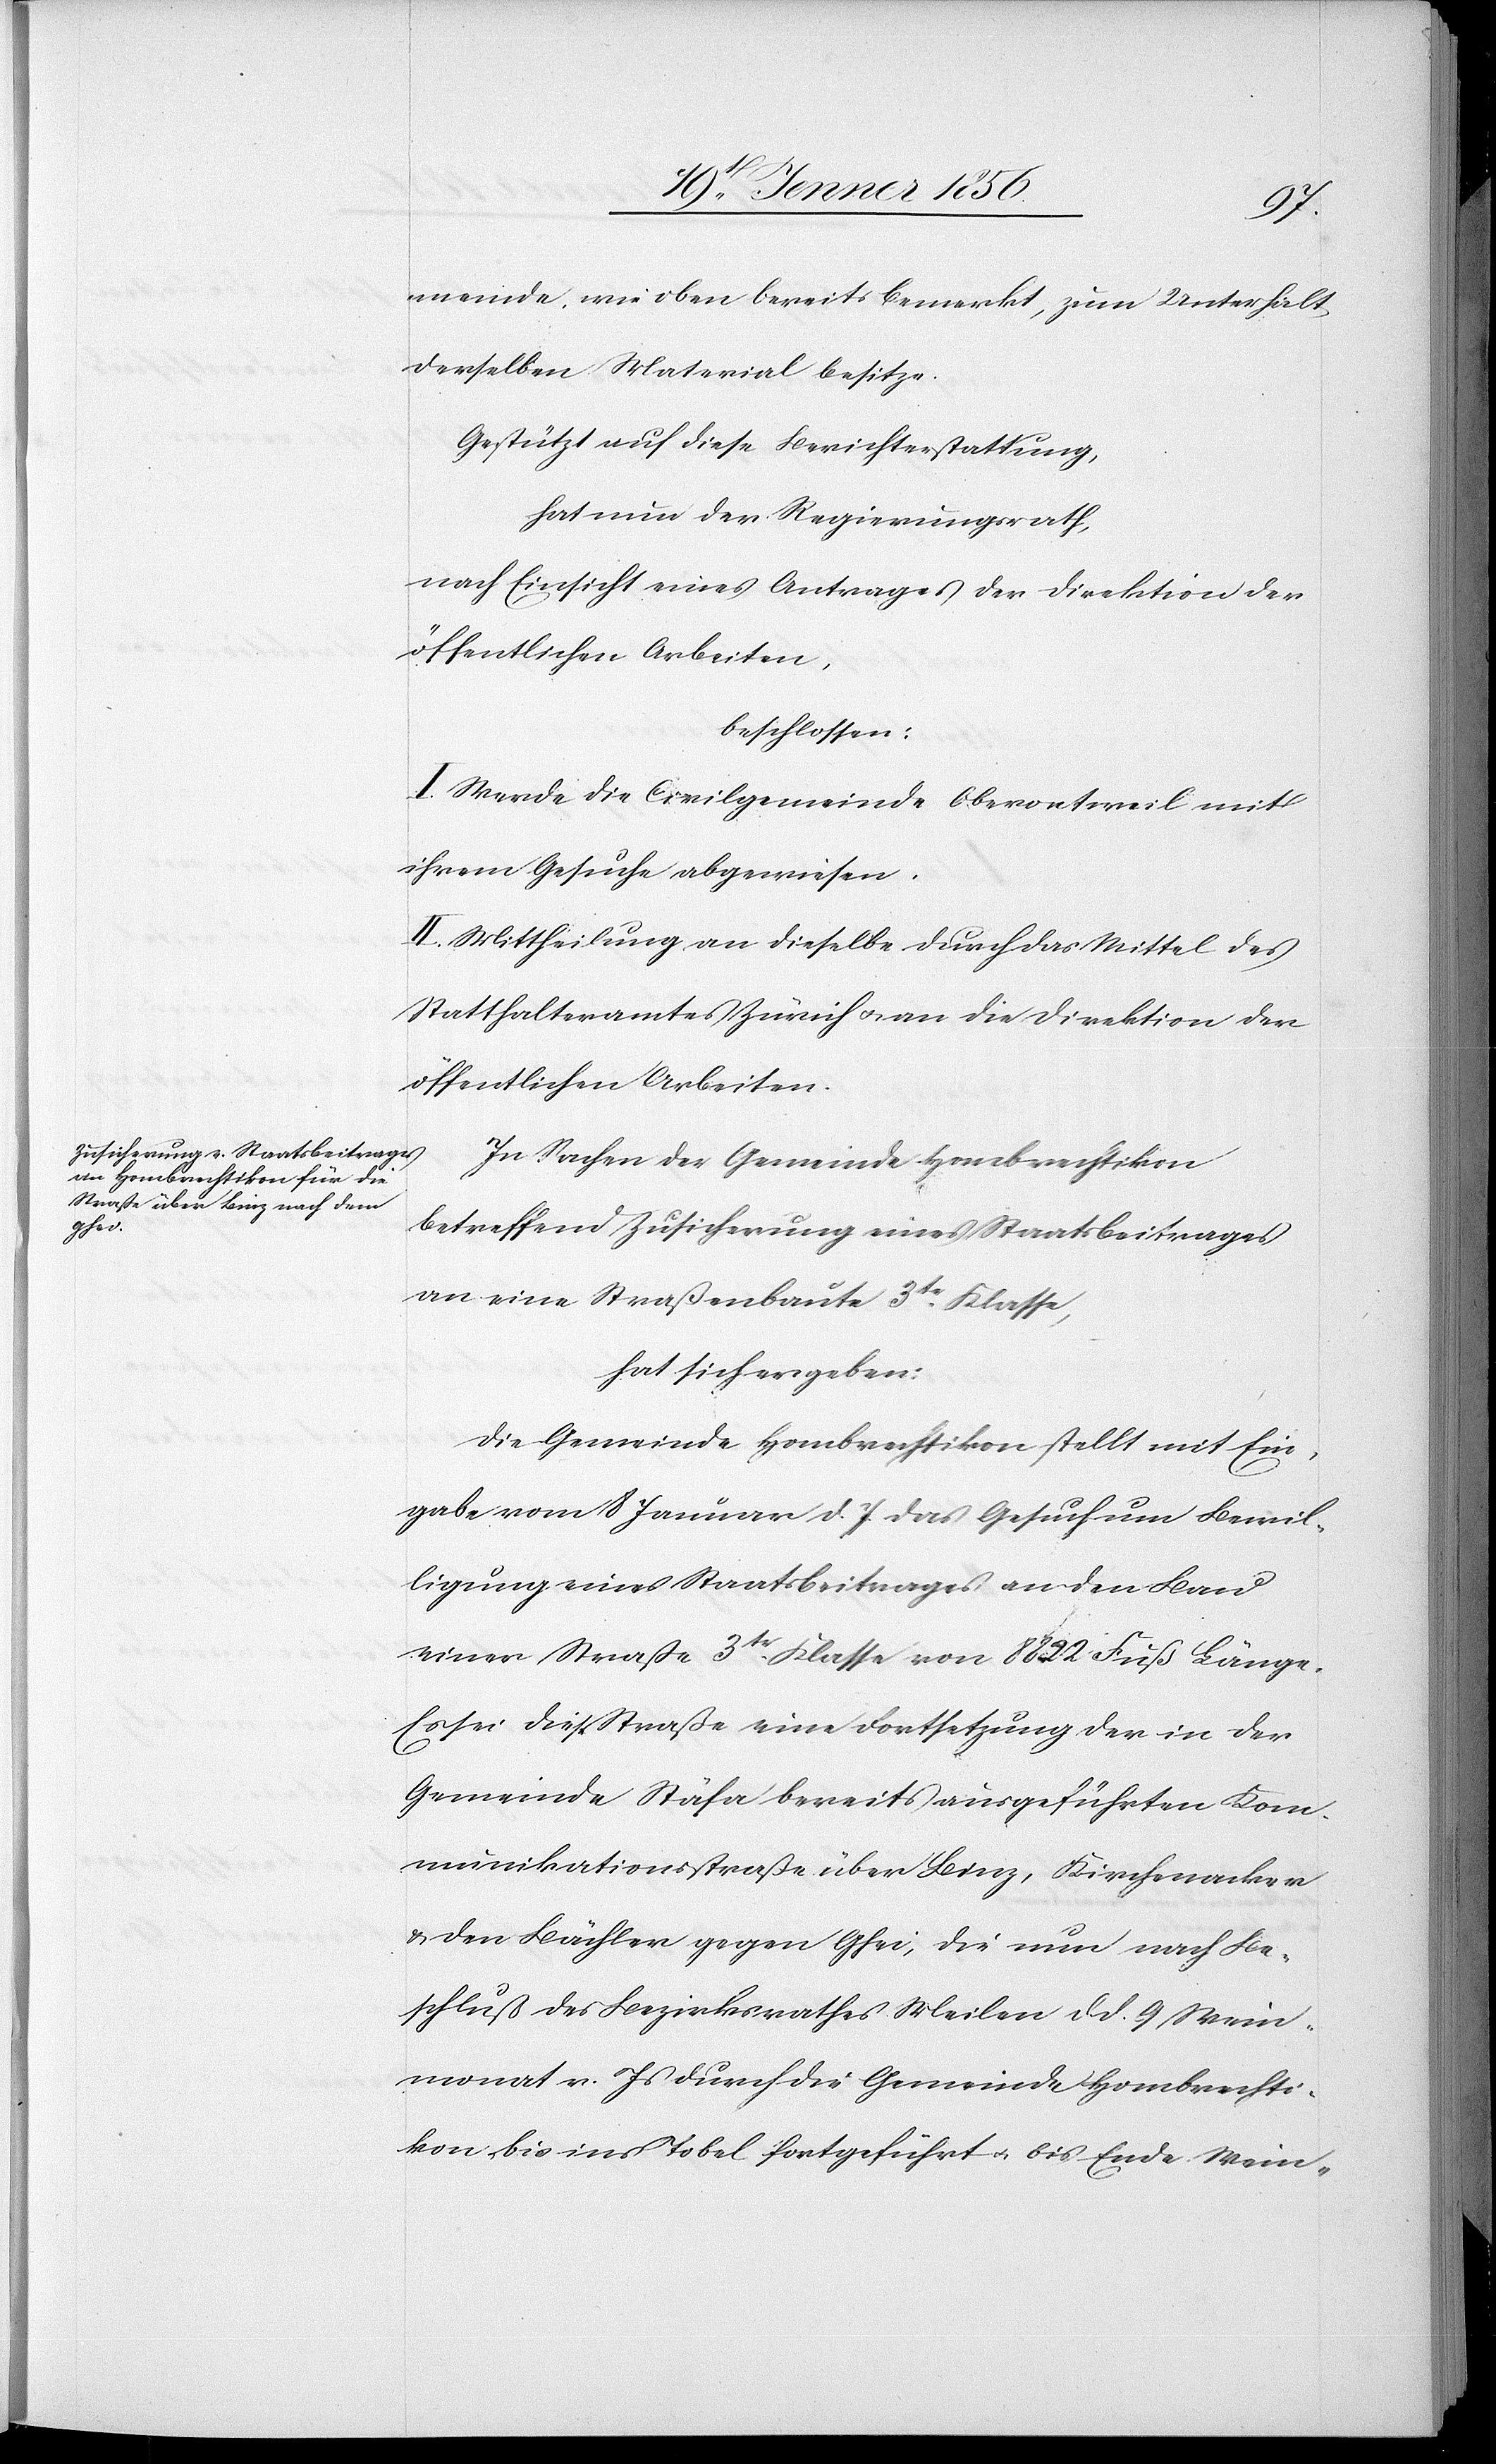
meinde, wie eben bereits bemerkt, zum Unterhalt
derselben Material besitze.
Gestützt auf diese Berichterstattung,
hat nun der Regierungsrath,
nach Einsicht eines Antrages der Direktion der
öffentlichen Arbeiten,
beschlossen:
I. Werde die Civilgemeinde Oberoetweil mit
ihrem Gesuche abgewiesen.
II. Mittheilung an dieselbe durch das Mittel des
Statthalteramtes Zürich u. an die Direktion der
öffentlichen Arbeiten.
In Sachen der Gemeinde Hombrechtikon
betreffend Zusicherung eines Staatsbeitrages
an eine Straßenbaute 3tr. Klasse,
hat sich ergeben:
Die Gemeinde Hombrechtikon stellt mit Ein¬
gabe vom 18 Januar d. J. das Gesuch um Bewil¬
ligung eines Staatsbeitrages an den Bau
einer Straße 3tr. Klasse von 8822 Fuß Länge.
Es sei diese Straße eine Fortsetzung der in der
Gemeinde Stäfa bereits ausgeführten Kom¬
munikationsstraße über Binz, Kirchenacker
u. den Bächler gegen Ghei, die nun nach Be¬
schluß des Bezirksrathes Meilen d. d. 9 Wein¬
monat v. Js durch die Gemeinde Hombrechti¬
kon, bis ins Tobel fortgeführt u. bis Ende Wein-